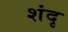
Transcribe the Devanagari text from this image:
शंदृ